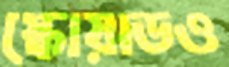
স্কোয়াডও